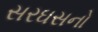
સરઘસનો